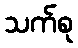
သက်စု